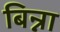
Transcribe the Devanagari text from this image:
बिन्ना